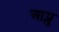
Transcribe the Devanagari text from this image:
आप्लु